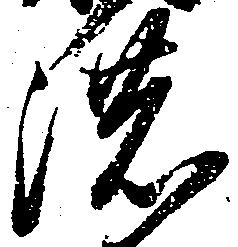
濃